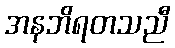
အနဘိရတသညီ